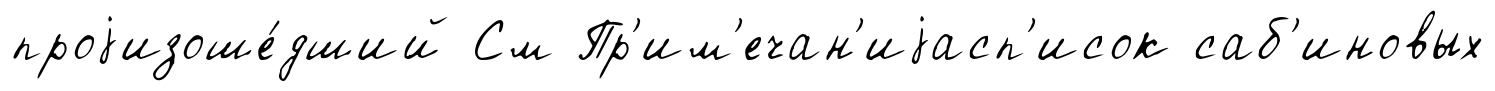
проjизоше́дший См Пр'им'ечан'иjасп'исок саб'иновых